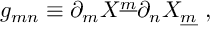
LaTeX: g _ { m n } \equiv \partial _ { m } X ^ { \underline { { { m } } } } \partial _ { n } X _ { \underline { { { m } } } } ~ ,